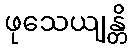
ဖုသေယျန္တိ